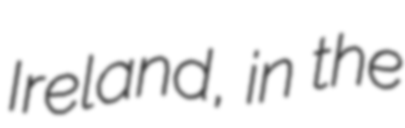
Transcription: Ireland, in the